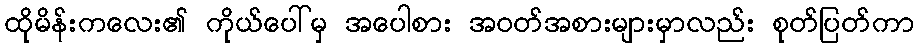
ထိုမိန်းကလေး၏ ကိုယ်ပေါ်မှ အပေါစား အဝတ်အစားများမှာလည်း စုတ်ပြတ်ကာ